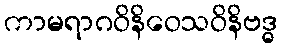
ကာမရာဂဝိနိဝေသဝိနိဗဒ္ဓ